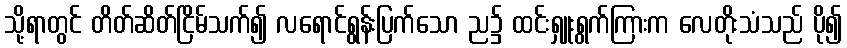
သို့ရာတွင် တိတ်ဆိတ်ငြိမ်သက်၍ လရောင်ရွန်းပြက်သော ည၌ ထင်းရှူးရွက်ကြားက လေတိုးသံသည် ပို၍